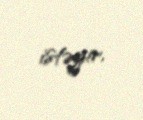
istəyir.